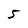
Character: 5